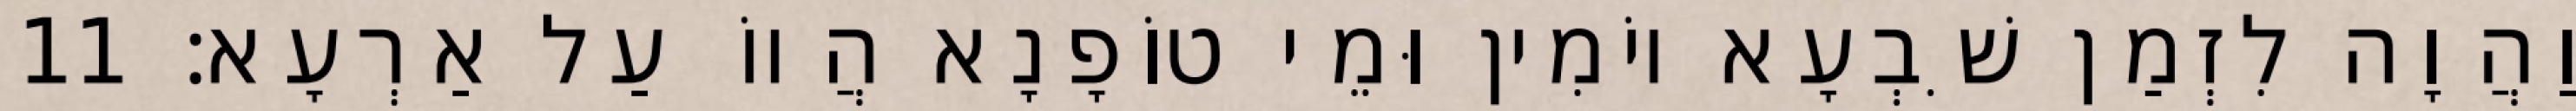
וַהֲוָה לִזְמַן שִׁבְעָא יוֹמִין וּמֵי טוֹפָנָא הֲווֹ עַל אַרְעָא׃ 11